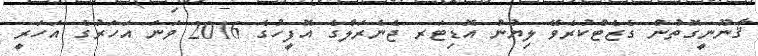
ޤާނޫނީގޮތުން ގެޒެޓްކުރެވޭ ލިޔުން އޮޑިޓަރ ޖެނެރަލްގެ އޮފީހުގެ 2016 ވަނަ އަހަރުގެ އަހަރީ